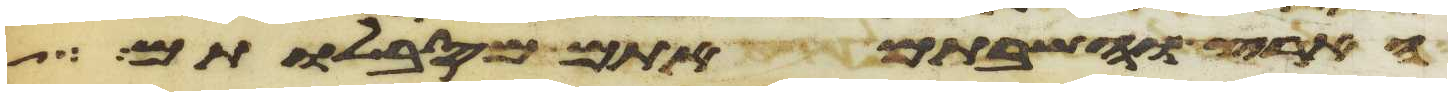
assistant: הארץ והשבתם אתם מסבלותם